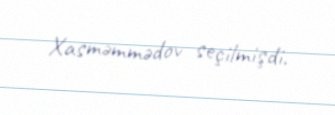
Xasməmmədov seçilmişdi.